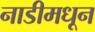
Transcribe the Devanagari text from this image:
नाडीमधून